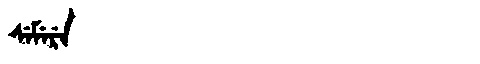
Manchu: ᠰᡝᠮᡝᡵᡝ
Romanization: SEMERE